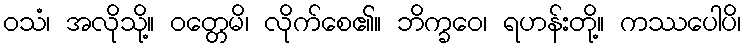
ဝသံ၊ အလိုသို့။ ဝတ္တေမိ၊ လိုက်စေ၏။ ဘိက္ခဝေ၊ ရဟန်းတို့။ ကဿပေါပိ၊